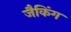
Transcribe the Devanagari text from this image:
जैकिंग